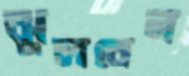
ঝুলবেন